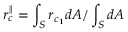
r _ { c } ^ { \parallel } = \int _ { S } r _ { c _ { 1 } } d A / \int _ { S } d A